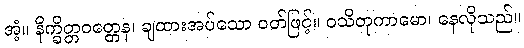
အံ့။ နိက္ခိတ္တဝတ္တေန၊ ချထားအပ်သော ဝတ်ဖြင့်။ ဝသိတုကာမော၊ နေလိုသည်။